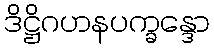
ဒိဋ္ဌိဂဟနပက္ခန္ဒော